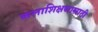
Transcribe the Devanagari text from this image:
कलाशिक्षणासाठी